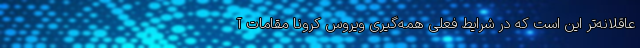
عاقلانه‌تر این است که در شرایط فعلی همه‌گیری ویروس کرونا مقامات آ